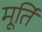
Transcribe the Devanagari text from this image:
मूर्तिं